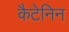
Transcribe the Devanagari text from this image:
कैटेनिन